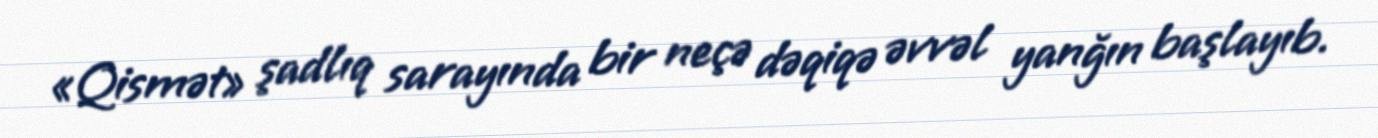
«Qismət» şadlıq sarayında bir neçə dəqiqə əvvəl yanğın başlayıb.